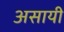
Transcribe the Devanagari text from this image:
असायी